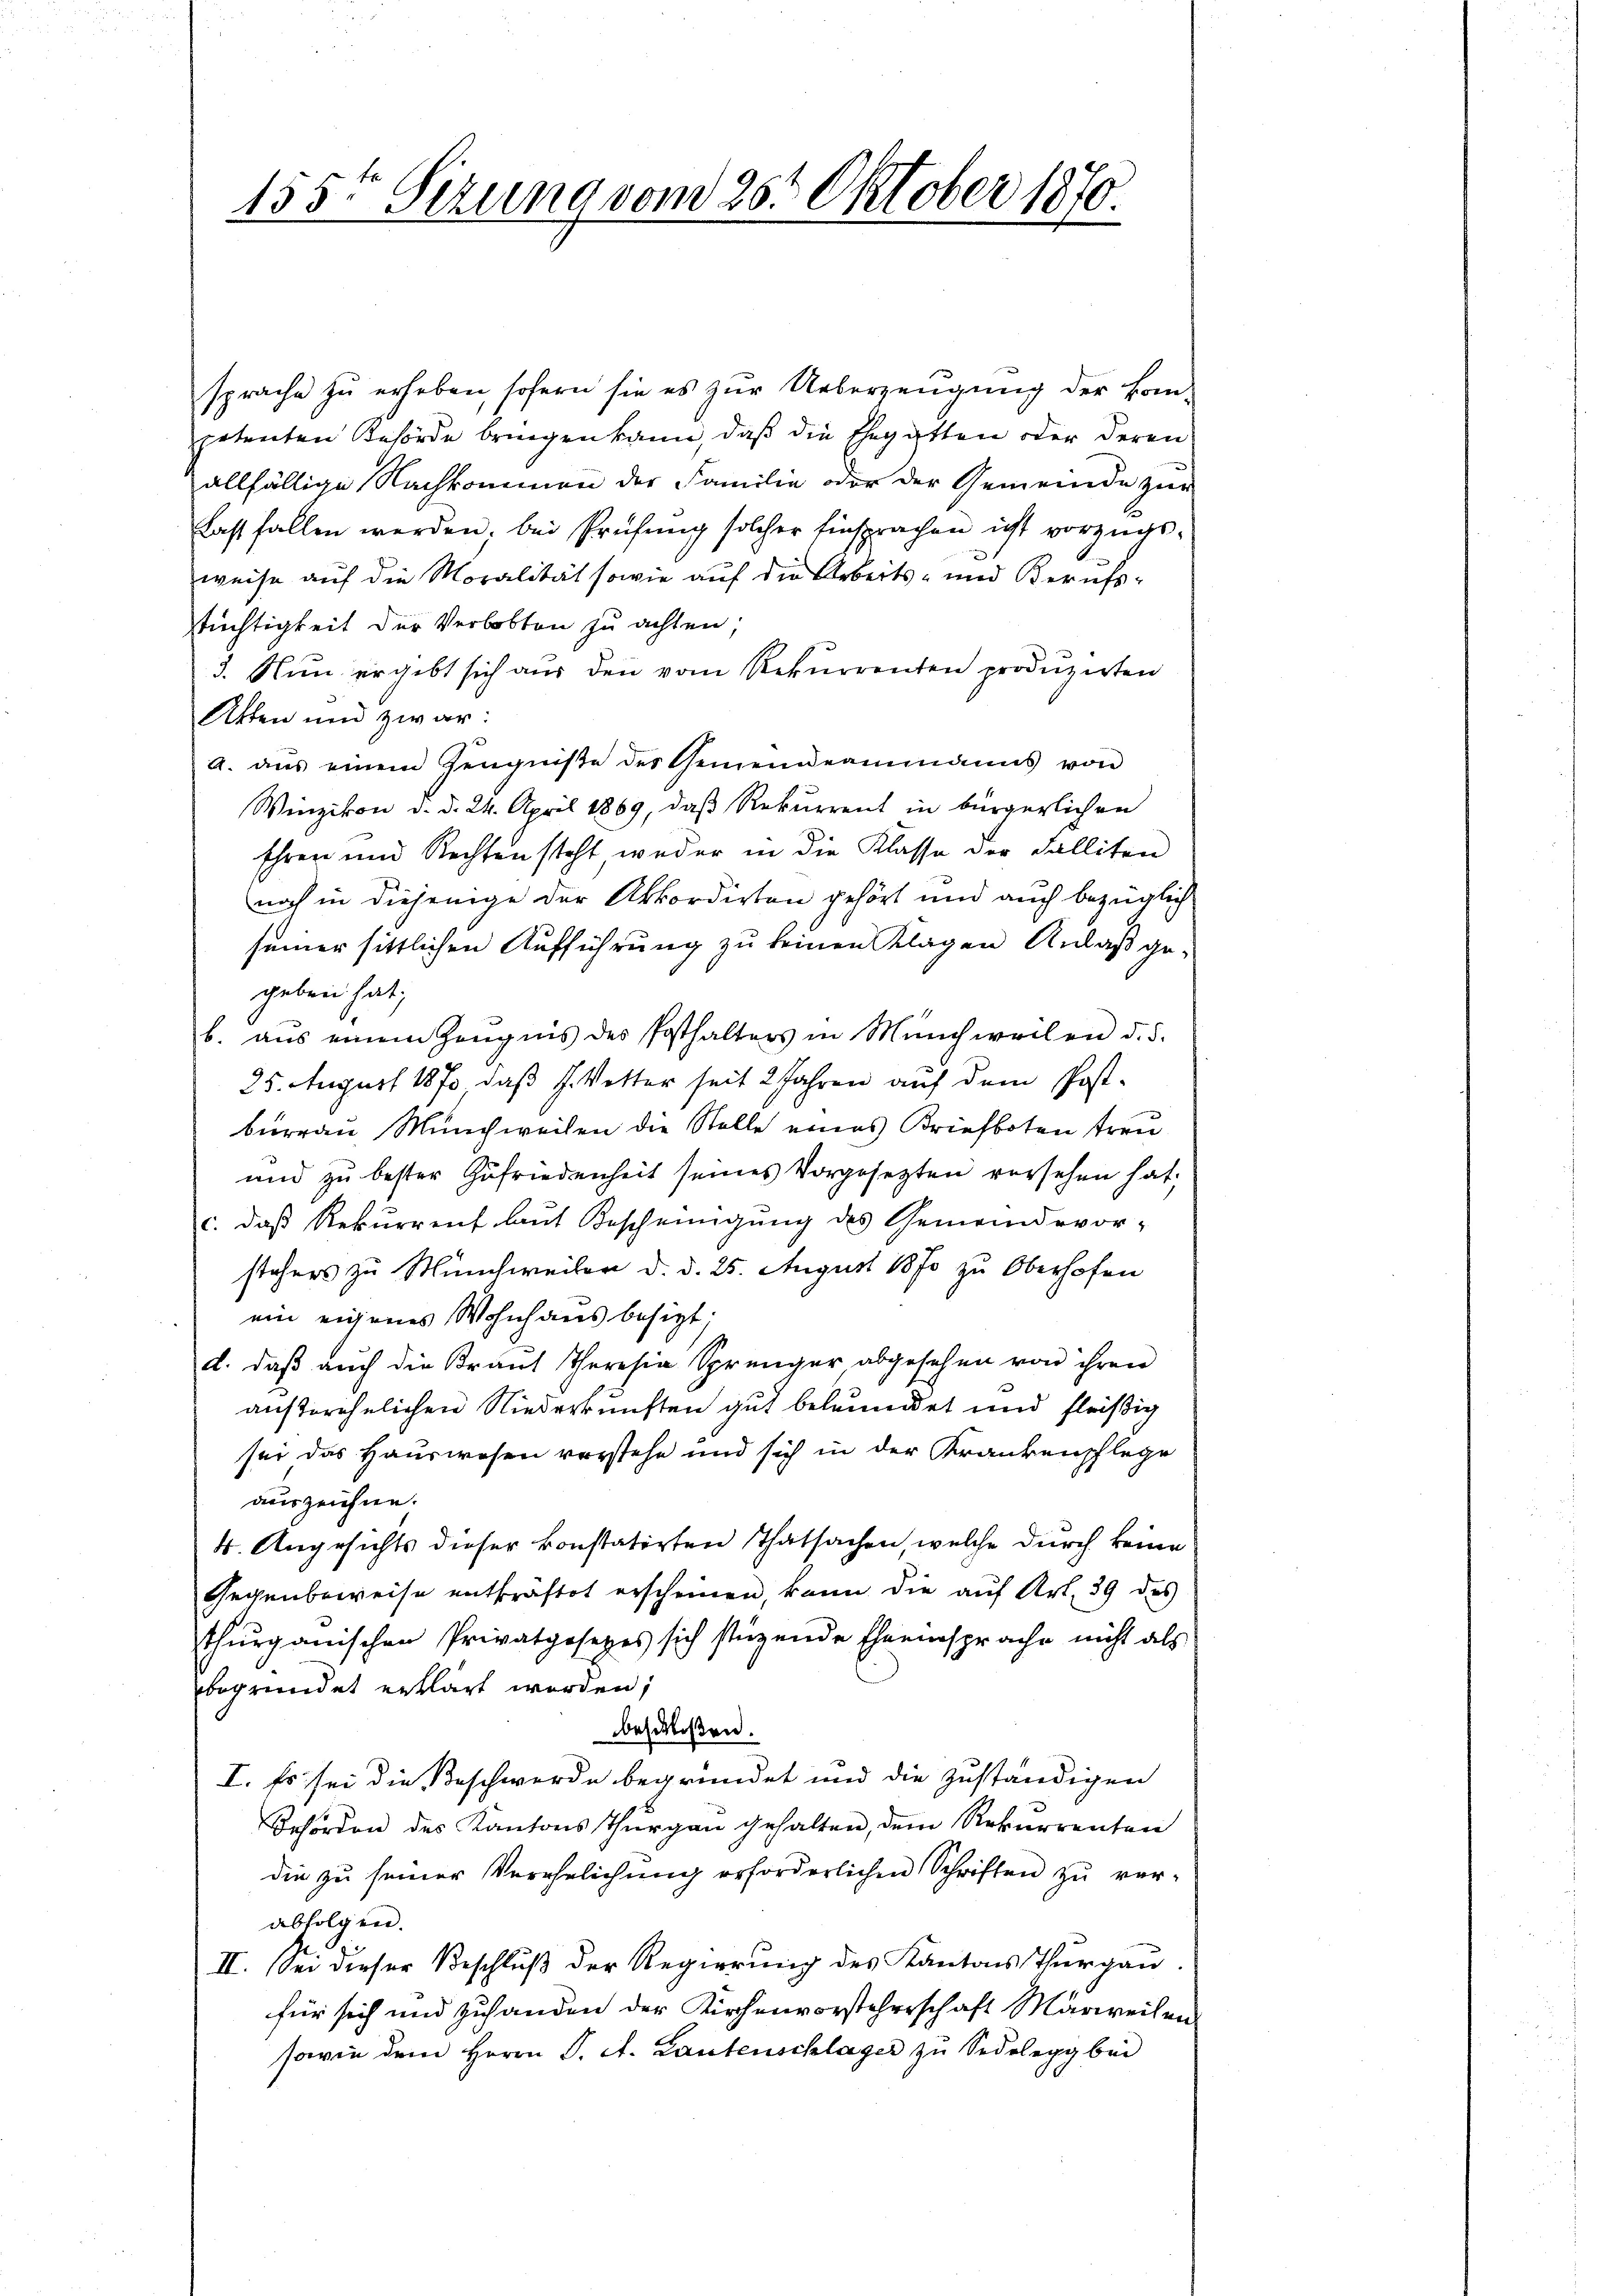
155ten Sizung vom 25t Oktober 1870

sprache zu erheben, sofern sie es zur Ueberzeugung der kom-
petenten Behörde bringen kann, daß die Ehegatten oder deren
allfällige Nachkommen der Familie oder der Gemeinde zur
fast fallen werden, bei Prüfung solcher Einsprachen ist vorzugsweise auf die Moralität sowie auf die Arbeits- und Berufs-
tüchtigkeit der Verlobten zu achten.
3. Nun ergibt sich aus den vom Rekurrenten produzirten
Atten und zwar:
a. ans einem Zeugniße des Gemeindeammanns von
Winzikon d. d. 24. April 1869, daß Rekurrent in bürgerlichen
Ehren und Rechten steht, weder in die Klasse der Falliten
noch in diejenige der Akkordirten gehört und auch bezüglich
seiner sittlichen Aufführung zu seinen Klagen Anlaß ge-
geben hat;
b. aŭs einem Zeŭgnis des Posthalters in Münchweilen d. d.
25. August 1870, daß J. Vetter seit 2 Jahren auf dem Post-
burren Münchweilen die Stelle eines Briefboten treu
und zu bester Zufriedenheit seines Vorgesetzten versehen hat,
c. daß Rekurrent laut Bescheinigung des Gemeindevor-
stehers zu Münchweiler d. d. 25. August 1870 zu Oberhofen
ein eigenes Wohnhaus besizt;
d. daβ aŭch die Krant Theresia Sprenger abgesehen von ihren
ansterehelichen Niederkunften gut beleumdet und fleißig
sei das Hauswesen verstehe und sich in der Krankenschlege
auszeichne.
4. Angesichts dieser konstatirten Thatsachen, welche durch keine
Gegenbeweise entkräftet erscheinen, kann die auf Art. 39 des
thŭrganischen Privatgesetzes sich stützende Eheeinsprache nicht als
begründet erklärt worden;
beschloßen.
I. Es sei die Beschwerde begründet und die zuständigen
Behörden des Kantons Thurgau gehalten, dem Rekurrenten
die zŭ seiner Verehelichŭng erforderlichen Schriften zŭ ver-
abfolgen.
II. Sei dieser Beschluß der Regierung des Kantons Thurgau
für sich und zuhanden der Kirchenvorsteherschaft Märweilen
sowie dem Herrn J. A. Lautenschläger zu Sedelegg bei